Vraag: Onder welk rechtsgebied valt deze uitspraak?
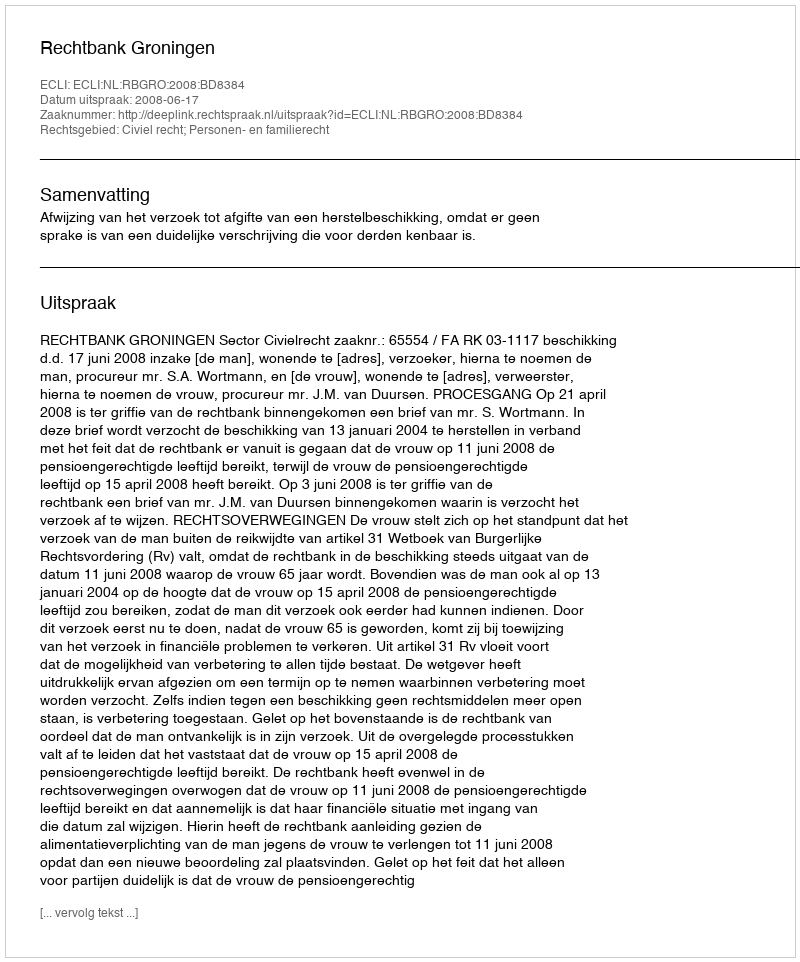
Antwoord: Civiel recht; Personen- en familierecht